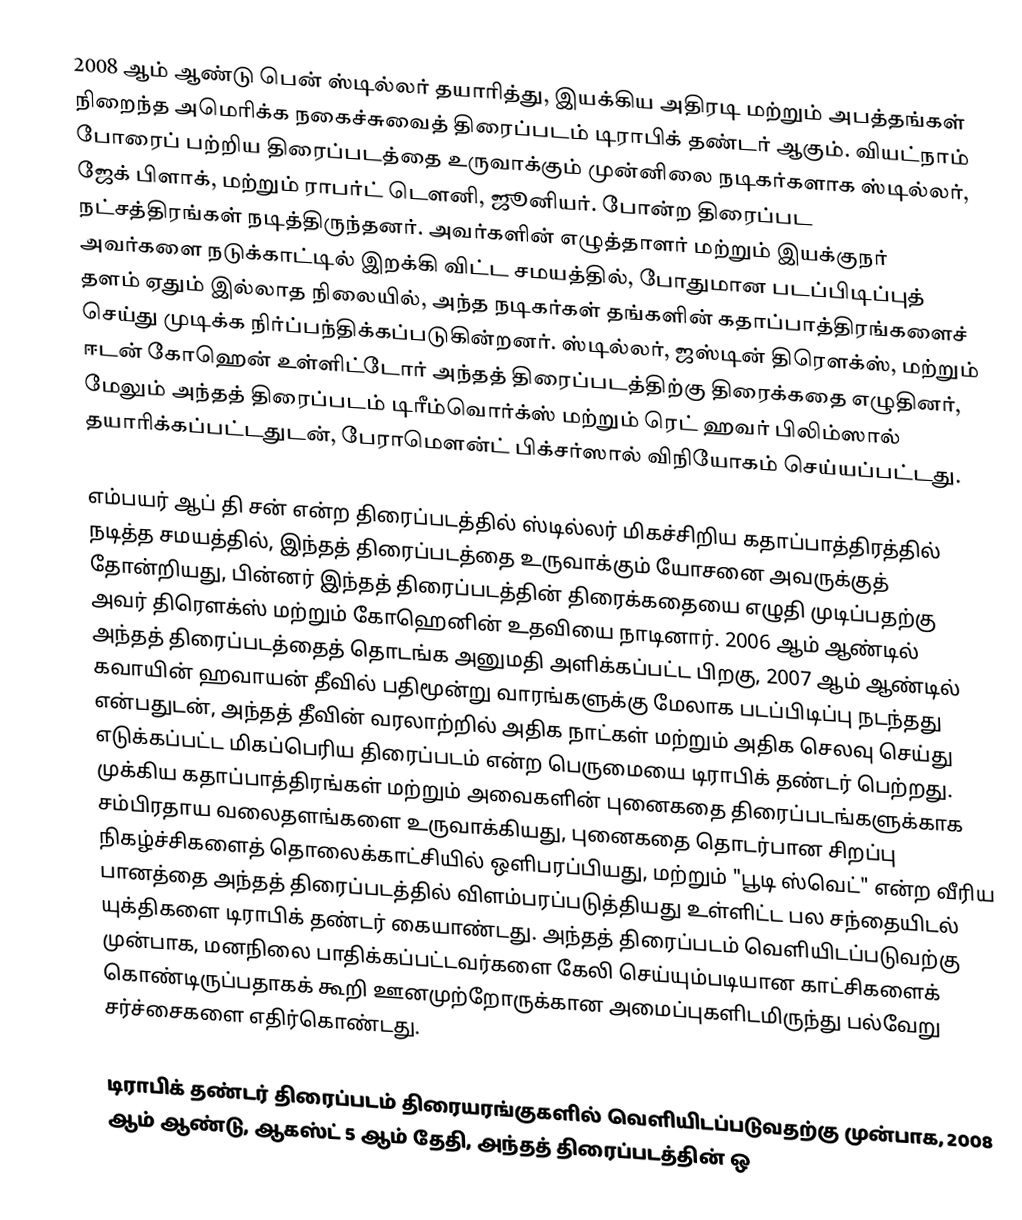
2008 ஆம் ஆண்டு பென் ஸ்டில்லர் தயாரித்து, இயக்கிய அதிரடி மற்றும் அபத்தங்கள் நிறைந்த அமெரிக்க நகைச்சுவைத் திரைப்படம் டிராபிக் தண்டர்  ஆகும். வியட்நாம் போரைப் பற்றிய திரைப்படத்தை உருவாக்கும் முன்னிலை நடிகர்களாக ஸ்டில்லர், ஜேக் பிளாக், மற்றும் ராபர்ட் டௌனி, ஜூனியர். போன்ற திரைப்பட நட்சத்திரங்கள் நடித்திருந்தனர். அவர்களின் எழுத்தாளர் மற்றும் இயக்குநர் அவர்களை நடுக்காட்டில் இறக்கி விட்ட சமயத்தில், போதுமான படப்பிடிப்புத் தளம் ஏதும் இல்லாத நிலையில், அந்த நடிகர்கள் தங்களின் கதாப்பாத்திரங்களைச் செய்து முடிக்க நிர்ப்பந்திக்கப்படுகின்றனர். ஸ்டில்லர், ஜஸ்டின் திரௌக்ஸ், மற்றும் ஈடன் கோஹென் உள்ளிட்டோர் அந்தத் திரைப்படத்திற்கு திரைக்கதை எழுதினர், மேலும் அந்தத் திரைப்படம் டிரீம்வொர்க்ஸ் மற்றும் ரெட் ஹவர் பிலிம்ஸால் தயாரிக்கப்பட்டதுடன், பேராமௌன்ட் பிக்சர்ஸால் விநியோகம் செய்யப்பட்டது.

எம்பயர் ஆப் தி சன் என்ற திரைப்படத்தில் ஸ்டில்லர் மிகச்சிறிய கதாப்பாத்திரத்தில் நடித்த சமயத்தில், இந்தத் திரைப்படத்தை உருவாக்கும் யோசனை அவருக்குத் தோன்றியது, பின்னர் இந்தத் திரைப்படத்தின் திரைக்கதையை எழுதி முடிப்பதற்கு அவர் திரௌக்ஸ் மற்றும் கோஹெனின் உதவியை நாடினார். 2006 ஆம் ஆண்டில் அந்தத் திரைப்படத்தைத் தொடங்க அனுமதி அளிக்கப்பட்ட பிறகு, 2007 ஆம் ஆண்டில் கவாயின் ஹவாயன் தீவில் பதிமூன்று வாரங்களுக்கு மேலாக படப்பிடிப்பு நடந்தது என்பதுடன், அந்தத் தீவின் வரலாற்றில் அதிக நாட்கள் மற்றும் அதிக செலவு செய்து எடுக்கப்பட்ட மிகப்பெரிய திரைப்படம் என்ற பெருமையை டிராபிக் தண்டர் பெற்றது. முக்கிய கதாப்பாத்திரங்கள் மற்றும் அவைகளின் புனைகதை திரைப்படங்களுக்காக சம்பிரதாய வலைதளங்களை உருவாக்கியது, புனைகதை தொடர்பான சிறப்பு நிகழ்ச்சிகளைத் தொலைக்காட்சியில் ஒளிபரப்பியது, மற்றும் "பூடி ஸ்வெட்" என்ற வீரிய பானத்தை அந்தத் திரைப்படத்தில் விளம்பரப்படுத்தியது உள்ளிட்ட பல சந்தையிடல் யுக்திகளை டிராபிக் தண்டர் கையாண்டது. அந்தத் திரைப்படம் வெளியிடப்படுவற்கு முன்பாக, மனநிலை பாதிக்கப்பட்டவர்களை கேலி செய்யும்படியான காட்சிகளைக் கொண்டிருப்பதாகக் கூறி ஊனமுற்றோருக்கான அமைப்புகளிடமிருந்து பல்வேறு சர்ச்சைகளை எதிர்கொண்டது.

டிராபிக் தண்டர்  திரைப்படம் திரையரங்குகளில் வெளியிடப்படுவதற்கு முன்பாக, 2008 ஆம் ஆண்டு, ஆகஸ்ட் 5 ஆம் தேதி, அந்தத் திரைப்படத்தின் ஒ